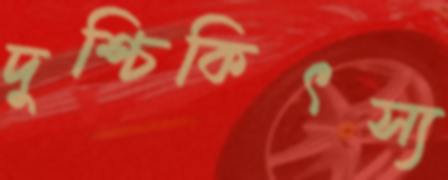
দুশ্চিকিৎস্য